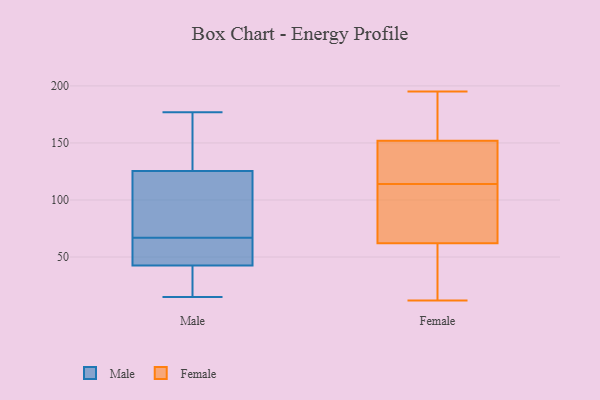
{"axis": {"x": "Production Output", "y": "Value"}, "legend": ["Female", "Male"], "data": [{"x": "", "y": 27, "type": "Male"}, {"x": "", "y": 15, "type": "Male"}, {"x": "", "y": 170, "type": "Male"}, {"x": "", "y": 171, "type": "Male"}, {"x": "", "y": 126, "type": "Male"}, {"x": "", "y": 177, "type": "Male"}, {"x": "", "y": 41, "type": "Male"}, {"x": "", "y": 62, "type": "Male"}, {"x": "", "y": 49, "type": "Male"}, {"x": "", "y": 39, "type": "Male"}, {"x": "", "y": 70, "type": "Male"}, {"x": "", "y": 67, "type": "Male"}, {"x": "", "y": 47, "type": "Male"}, {"x": "", "y": 118, "type": "Male"}, {"x": "", "y": 124, "type": "Male"}, {"x": "", "y": 62, "type": "Female"}, {"x": "", "y": 148, "type": "Female"}, {"x": "", "y": 152, "type": "Female"}, {"x": "", "y": 83, "type": "Female"}, {"x": "", "y": 115, "type": "Female"}, {"x": "", "y": 65, "type": "Female"}, {"x": "", "y": 195, "type": "Female"}, {"x": "", "y": 113, "type": "Female"}, {"x": "", "y": 19, "type": "Female"}, {"x": "", "y": 134, "type": "Female"}, {"x": "", "y": 171, "type": "Female"}, {"x": "", "y": 20, "type": "Female"}, {"x": "", "y": 166, "type": "Female"}, {"x": "", "y": 12, "type": "Female"}]}